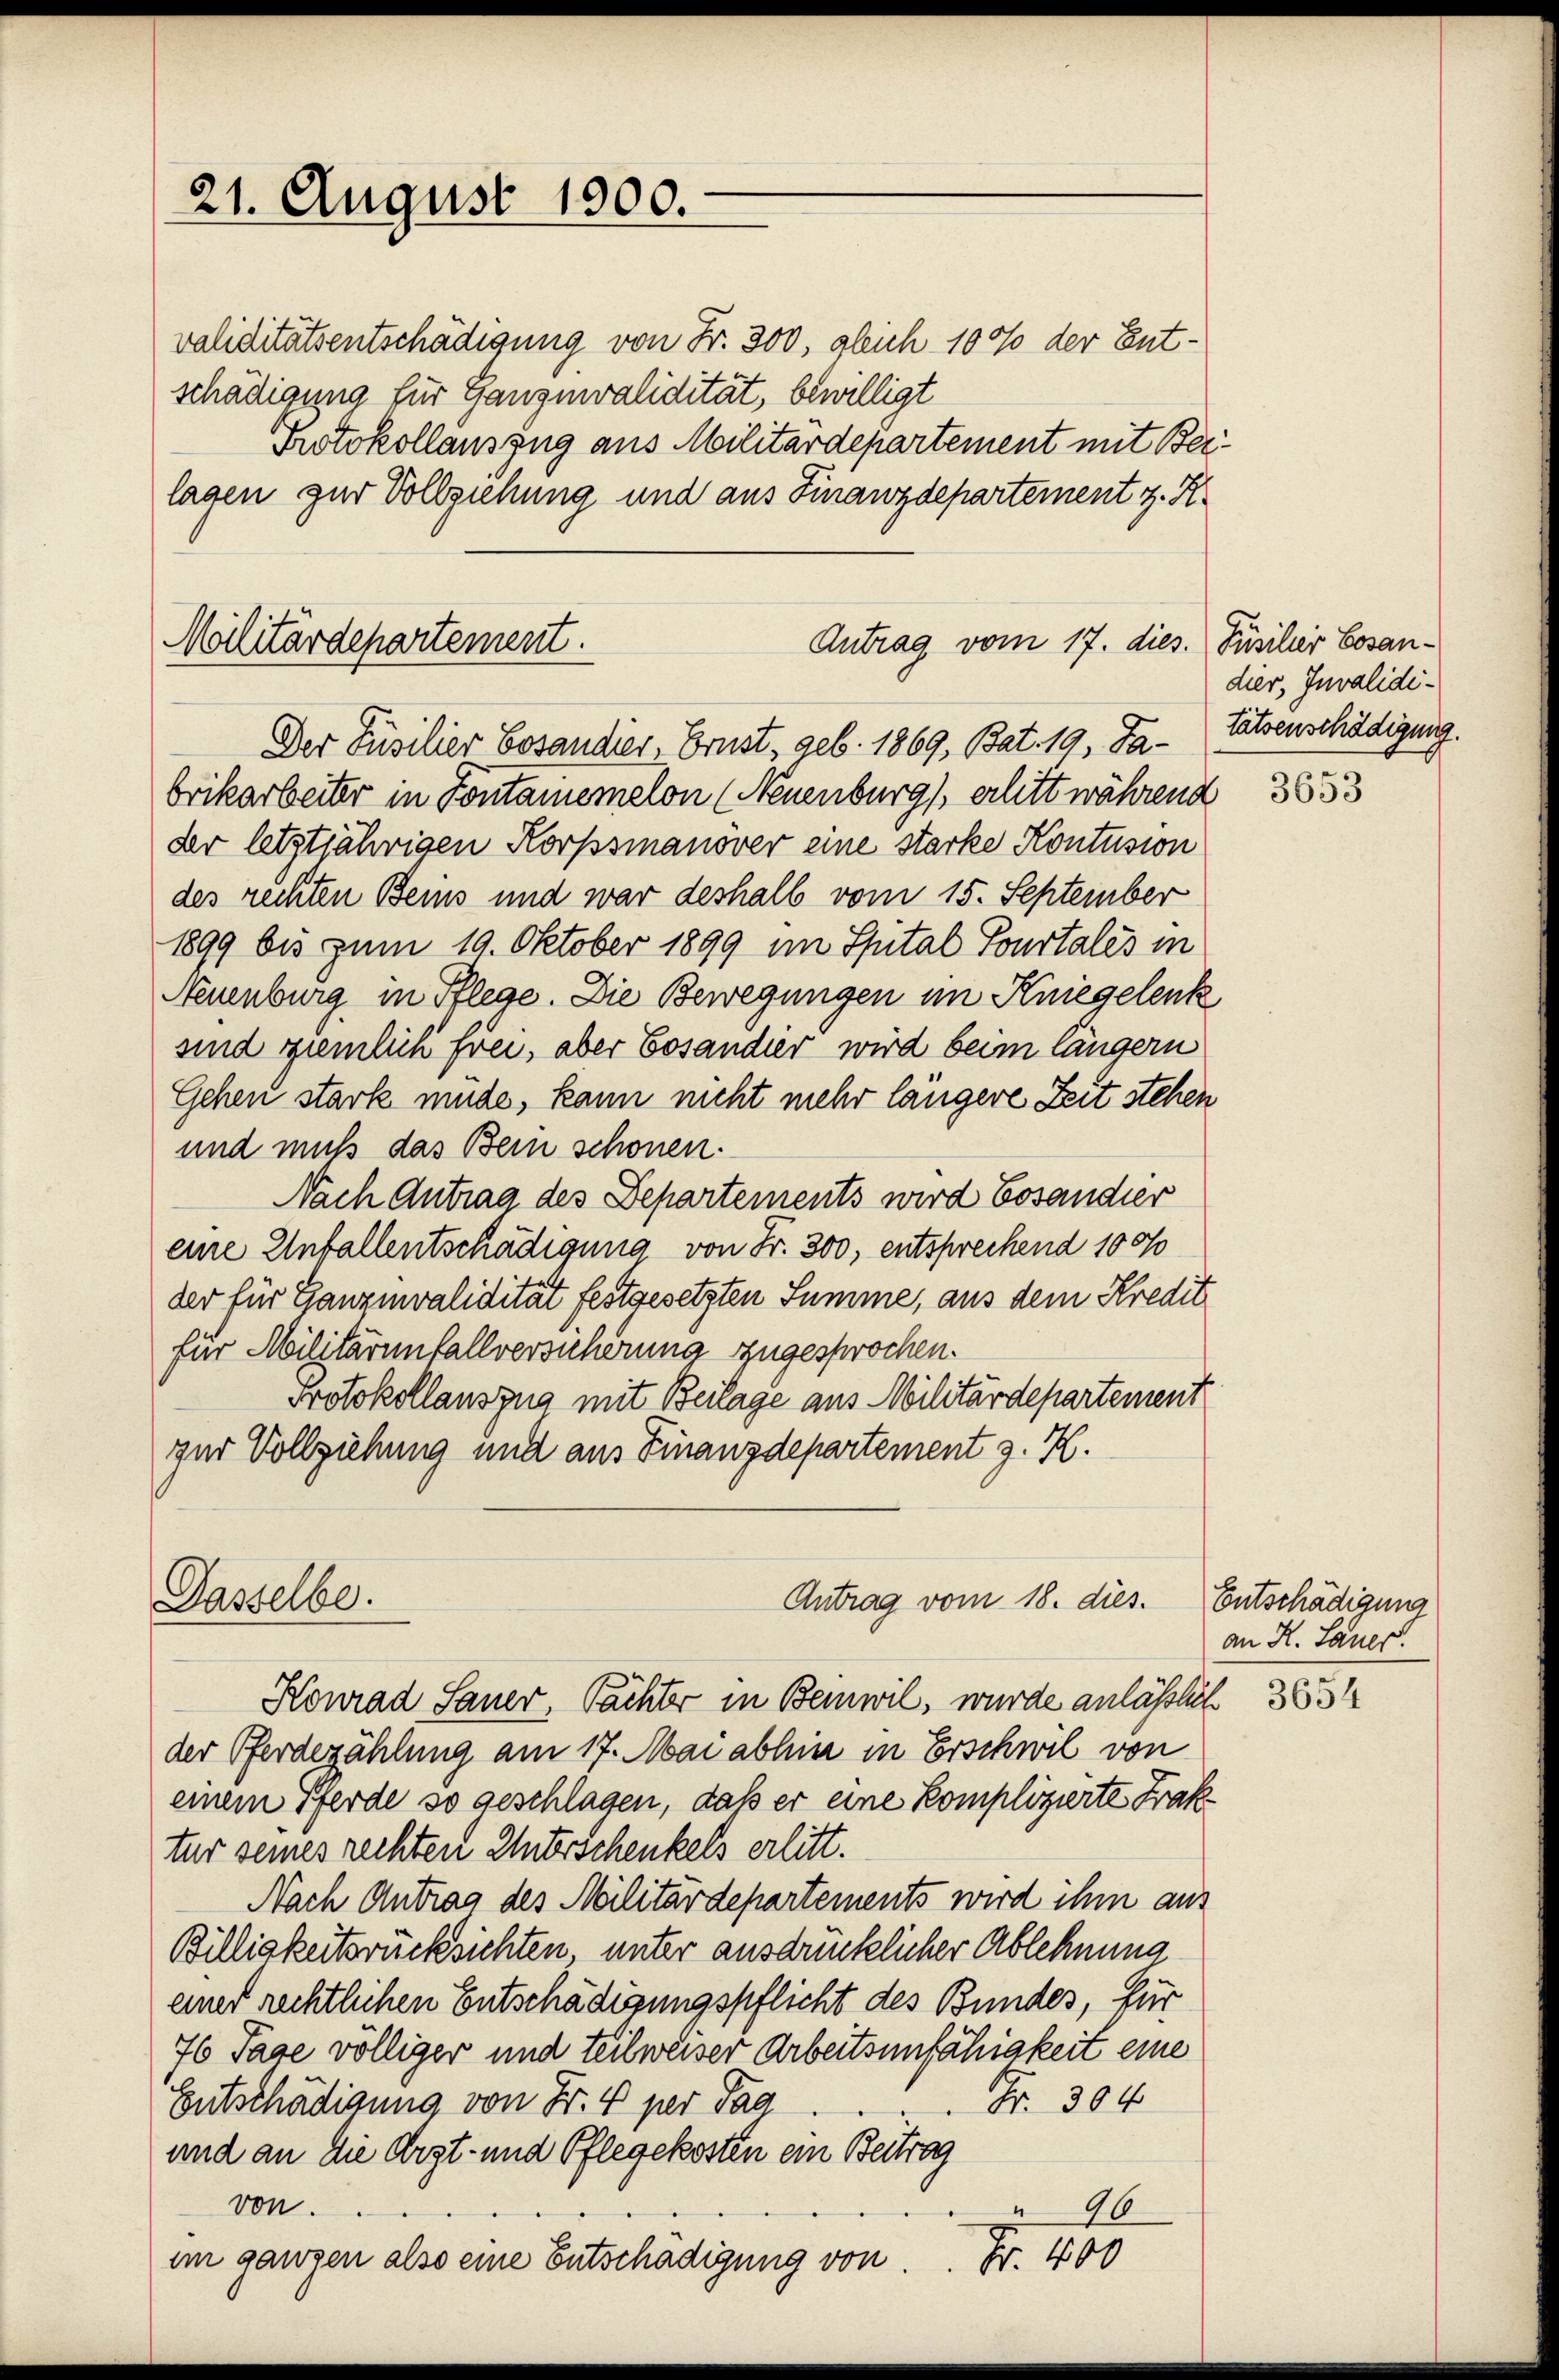
21. August 1900.

validitätsentschädigung von Fr. 300, gleich 100 der Entschädigung für Ganznvalidität, bewilligt
Protokollauszug aus Militärdepartement mit Beilagen zur Vollziehung und aus Finanzdepartement z. R.

Malitärdepartement.

brikarbeiter in Fontanemelon (Neuenburg erlitt während
der letztjährigen Korpssmanöver eine starke Kontusion
des rechten Beins und war deshalb vom 15. September
1899 bis zum 19. Oktober 1899 im Spital Pourtales in
Neuenburg in Pflege. Die Bewegungen im Kniegelenk
sind ziemlich frei, aber Cosandier wird beim längern
Gehen stark müde, kann nicht mehr längere Zeit stehen
und muß das Bein schönen.
Nach Antrag des Departements wird Cosaudier
eine Unfallentschädigung von Fr. 300, entsprechend 100%
der für Ganzmvalidität festgesetzten Summe, aus dem Kredit
für Militärinfallversicherung zugesprochen.
Protokollauszug mit Beilage aus Militärdepartement
zur Vollziehung und aus Finanzdepartement z. H.

Dasselbe.

Antrag vom 17. dies. Füsilier Cosan¬
Der Füsilier Cosaudier, Brust geb. 1869, Bat. 19. Ja-tatsenschädigung.

Antrag vom 18. dies.

Konrad Sauer, Pächter in Beinwil, wurde anlässlich
der Pferdezählung am 17. Mai abhin in Erschwil von
einem Pferde so geschlagen, daß er eine Komplizierte Frak
für seines rechten Interschenkels erlitt.
Nach Antrag des Militärdepartements wird ihm aus
Billigkeitsrücksichten unter ausdrücklicher Ablehnung
einer rechtlichen Entschädigungspflicht des Bundes, für
76 Tage völliger und teilweiser Arbeitsunfähigkeit eine
Fr. 304
Entschädigung von Fr. 4 per Tag
und an die Arzt- und Pflegekosten ein Beitrag
von.
96
Fr. 400
im ganzen also eine Entschädigung von

dier, Invalidi¬

3653

Entschädigung
an K. Lauer.